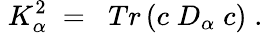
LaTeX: \; K_{\alpha}^{2}\; =\; \; Tr\left(c\; D_{\alpha}\; c\right)\; .